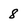
Character: 8